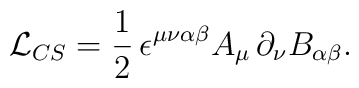
{\cal L}_{CS}=\frac{1}{2}\,\epsilon^{\mu\nu\alpha\beta}A_{\mu }\,\partial_{\nu}B_{\alpha\beta}.